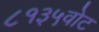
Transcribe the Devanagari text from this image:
८१३५वोट